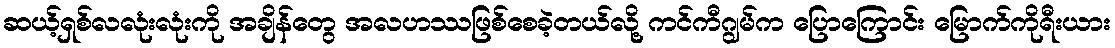
ဆယ့်ရှစ်လလုံးလုံးကို အချိန်တွေ အလဟဿဖြစ်စေခဲ့တယ်လို့ ကင်ကီဂျွမ်က ပြောကြောင်း မြောက်ကိုရီးယား